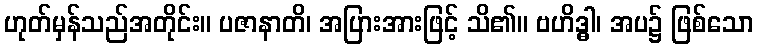
ဟုတ်မှန်သည်အတိုင်း။ ပဇာနာတိ၊ အပြားအားဖြင့် သိ၏။ ဗဟိဒ္ဓါ၊ အပ၌ ဖြစ်သော